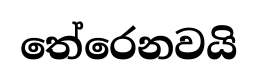
තේරෙනවයි